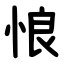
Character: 悢